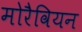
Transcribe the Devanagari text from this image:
मोरैवियन